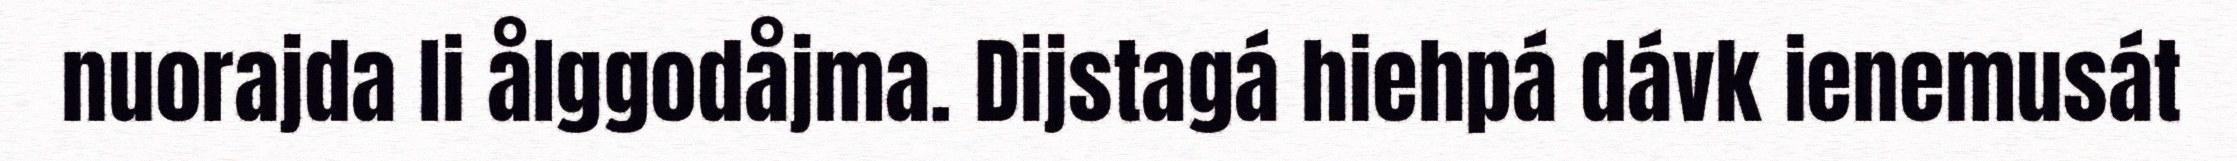
nuorajda li ålggodåjma. Dijstagá hiehpá dávk ienemusát